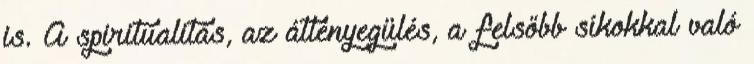
is. A spiritualitás, az átlényegülés, a felsőbb síkokkal való